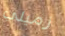
زميلي